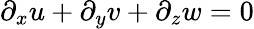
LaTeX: \partial_{x}u+\partial_{y}v+\partial_{z}w=0